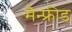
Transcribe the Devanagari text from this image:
मैन्फ्रीड